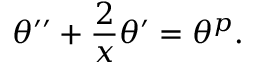
\theta ^ { \prime \prime } + \frac { 2 } { x } \theta ^ { \prime } = \theta ^ { p } .